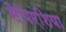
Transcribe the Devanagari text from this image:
सैपिएंशिया